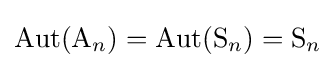
\operatorname {Aut} (\mathrm {A} _{n})=\operatorname {Aut} (\mathrm {S} _{n})=\mathrm {S} _{n}